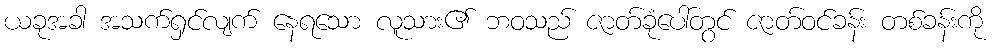
ယခုအခါ အသက်ရှင်လျက် နေရသော လူသား၏ ဘဝသည် ဇာတ်ခုံပေါ်တွင် ဇာတ်ဝင်ခန်း တစ်ခန်းကို